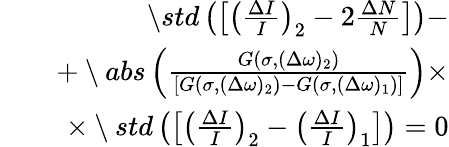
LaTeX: \begin{array}{rlr}&{}&{\setminus std\left(\left[\left(\frac{\Delta I}{I}\right)_{2}-2\frac{\Delta N}{N}\right]\right)-}\\ &{}&{+\setminus abs\left(\frac{G(\sigma,(\Delta\omega)_{2})}{[G(\sigma,(\Delta\omega)_{2})-G(\sigma,(\Delta\omega)_{1})]}\right)\times}\\ &{}&{\times\setminus std\left(\left[\left(\frac{\Delta I}{I}\right)_{2}-\left(\frac{\Delta I}{I}\right)_{1}\right]\right)=0}\end{array}